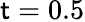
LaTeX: \mathsf{t}=0.5